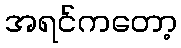
အရင်ကတော့